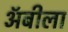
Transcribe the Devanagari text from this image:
अॅबीला